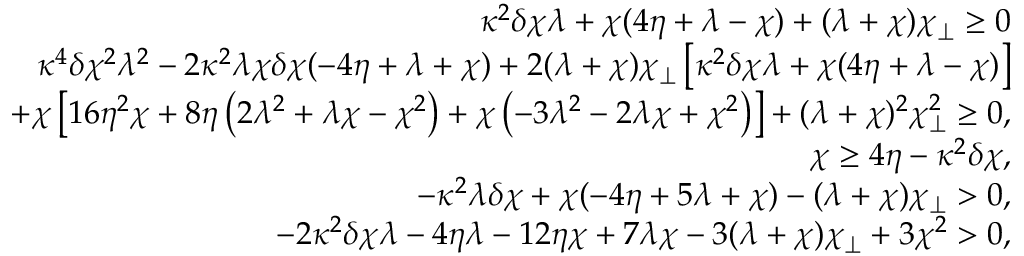
\begin{array} { r l r } & { } & { \kappa ^ { 2 } \delta \chi \lambda + \chi ( 4 \eta + \lambda - \chi ) + ( \lambda + \chi ) \chi _ { \perp } \ge 0 } \\ & { } & { \kappa ^ { 4 } \delta \chi ^ { 2 } \lambda ^ { 2 } - 2 \kappa ^ { 2 } \lambda \chi \delta \chi ( - 4 \eta + \lambda + \chi ) + 2 ( \lambda + \chi ) \chi _ { \perp } \left[ \kappa ^ { 2 } \delta \chi \lambda + \chi ( 4 \eta + \lambda - \chi ) \right] } \\ & { } & { + \chi \left[ 1 6 \eta ^ { 2 } \chi + 8 \eta \left( 2 \lambda ^ { 2 } + \lambda \chi - \chi ^ { 2 } \right) + \chi \left( - 3 \lambda ^ { 2 } - 2 \lambda \chi + \chi ^ { 2 } \right) \right] + ( \lambda + \chi ) ^ { 2 } \chi _ { \perp } ^ { 2 } \ge 0 , } \\ & { } & { \chi \ge 4 \eta - \kappa ^ { 2 } \delta \chi , } \\ & { } & { - \kappa ^ { 2 } \lambda \delta \chi + \chi ( - 4 \eta + 5 \lambda + \chi ) - ( \lambda + \chi ) \chi _ { \perp } > 0 , } \\ & { } & { - 2 \kappa ^ { 2 } \delta \chi \lambda - 4 \eta \lambda - 1 2 \eta \chi + 7 \lambda \chi - 3 ( \lambda + \chi ) \chi _ { \perp } + 3 \chi ^ { 2 } > 0 , } \end{array}